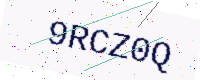
Text: 9RCZ0Q